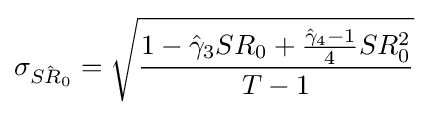
\sigma _{\hat {SR_{0}}}={\sqrt {\frac {1-{\hat {\gamma }}_{3}SR_{0}+{\frac {{\hat {\gamma }}_{4}-1}{4}}SR_{0}^{2}}{T-1}}}